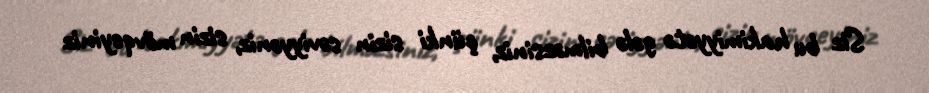
Siz bu hakimiyyətə gələ bilməzsiniz, çünki sizin səviyyəniz, sizin mövqeyiniz